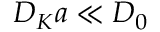
D _ { K } a \ll D _ { 0 }